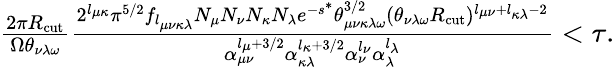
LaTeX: \begin{array}{r}{\frac{2\pi R_{\mathrm{cut}}}{\Omega\theta_{\nu\lambda\omega}}\frac{2^{l_{\mu\kappa}}\pi^{5/2}f_{l_{\mu\nu\kappa\lambda}}N_{\mu}N_{\nu}N_{\kappa}N_{\lambda}e^{-s^{*}}\theta_{\mu\nu\kappa\lambda\omega}^{3/2}(\theta_{\nu\lambda\omega}R_{\mathrm{cut}})^{l_{\mu\nu}+l_{\kappa\lambda}-2}}{\alpha_{\mu\nu}^{l_{\mu}+3/2}\alpha_{\kappa\lambda}^{l_{\kappa}+3/2}\alpha_{\nu}^{l_{\nu}}\alpha_{\lambda}^{l_{\lambda}}}<\tau.}\end{array}